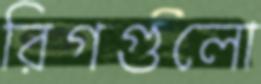
রিগগুলো